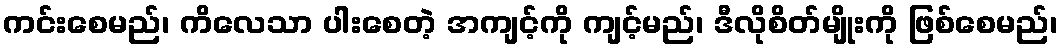
ကင်းစေမည်၊ ကိလေသာ ပါးစေတဲ့ အကျင့်ကို ကျင့်မည်၊ ဒီလိုစိတ်မျိုးကို ဖြစ်စေမည်၊